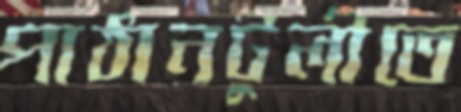
পাঠানটুলীতে